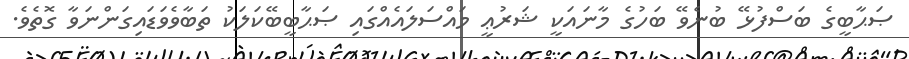
ޞަޙާބީގެ ބަސްފުޅޭ ބުނެވޭ ބަހުގެ މާނައަކީ ޝަރުޢީ މައްސަލައެއްގައި ޞަޙާބީބޭކަލަކު ތަބާވެވަޑައިގަންނަވާ ގޮތެވެ.